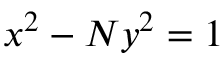
x ^ { 2 } - N y ^ { 2 } = 1